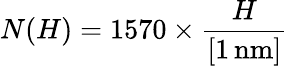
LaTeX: N(H)=1570\times\frac{H}{[1\, \mathrm{nm}]}